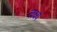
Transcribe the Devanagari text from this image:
लक्ष्यं